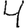
Digit: 4